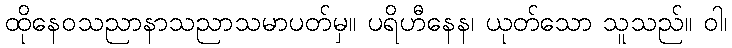
ထိုနေဝသညာနာသညာသမာပတ်မှ။ ပရိဟီနေန၊ ယုတ်သော သူသည်။ ဝါ၊